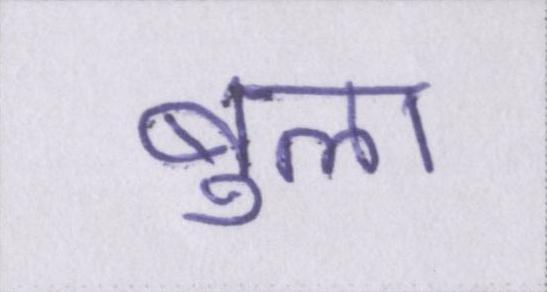
बुला